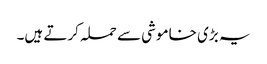
یہ بڑی خاموشی سے حملہ کرتے ہیں۔